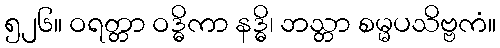
၅၂၆။ ဝရတ္တာ ဝဒ္ဓိကာ နဒ္ဓိ၊ ဘသ္တာ စမ္မပသိဗ္ဗကံ။